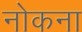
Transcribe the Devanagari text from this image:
नोकना